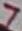
Text: 7